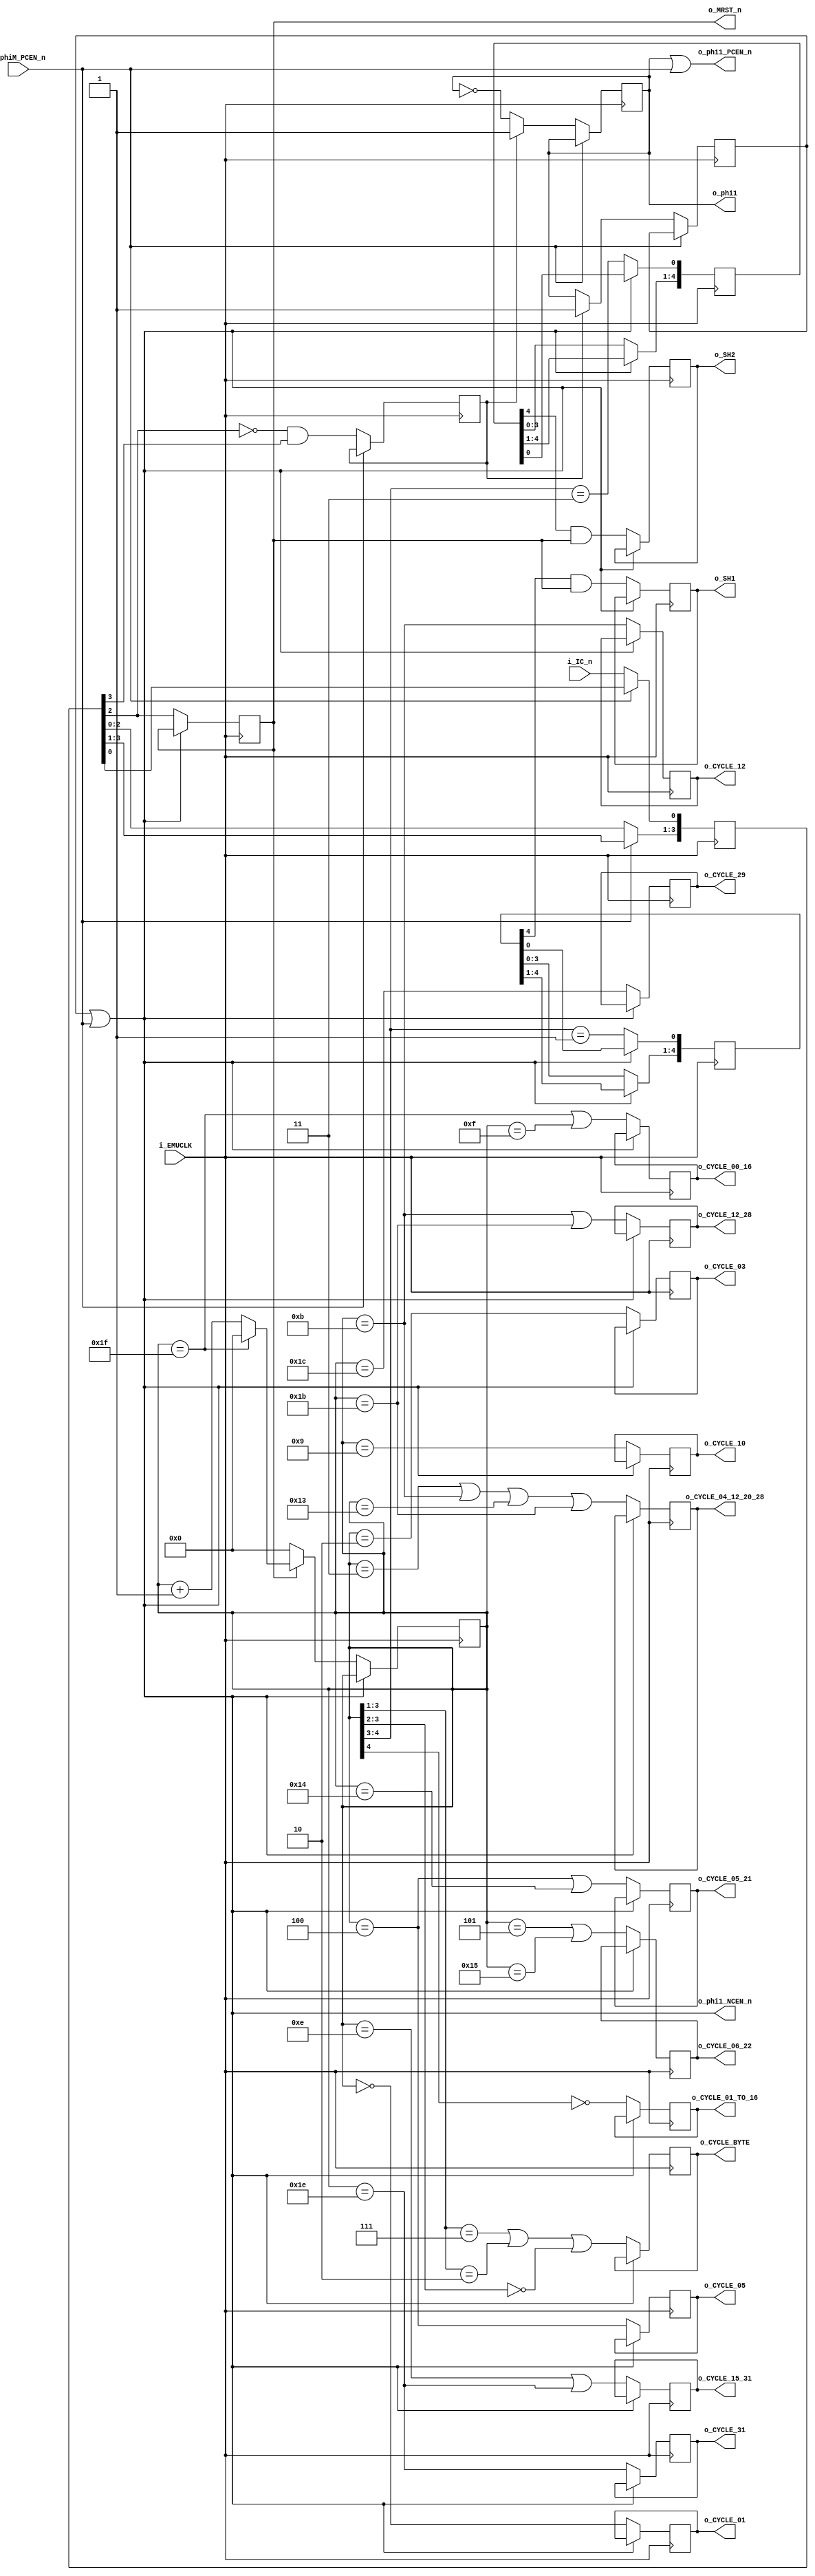
module IKAOPM_timinggen #(parameter FULLY_SYNCHRONOUS = 1, parameter FAST_RESET = 0) (
    //chip clock
    input   wire            i_EMUCLK, //emulator master clock

    //chip reset
    input   wire            i_IC_n,
    output  wire            o_MRST_n, //core internal reset

    //clock endables
    input   wire            i_phiM_PCEN_n, //phiM positive edge clock enable(negative logic)
    `ifdef IKAOPM_USER_DEFINED_CLOCK_ENABLES
    input   wire            i_phi1_PCEN_n, //phi1 positive edge clock enable
    input   wire            i_phi1_NCEN_n, //phi1 negative edge clock enable
    `endif

    //phiM/2
    output  wire            o_phi1, //phi1 output
    output  wire            o_phi1_PCEN_n, //positive edge clock enable for emulation
    output  wire            o_phi1_NCEN_n, //negative edge clock enable for emulation

    //SH1 and 2
    output  reg             o_SH1,
    output  reg             o_SH2,

    //timings
    output  reg             o_CYCLE_01,
    output  reg             o_CYCLE_31,

    output  reg             o_CYCLE_12_28,
    output  reg             o_CYCLE_05_21,
    output  reg             o_CYCLE_BYTE,

    output  reg             o_CYCLE_05,
    output  reg             o_CYCLE_10,

    output  reg             o_CYCLE_03,
    output  reg             o_CYCLE_00_16,
    output  reg             o_CYCLE_01_TO_16,

    output  reg             o_CYCLE_04_12_20_28,

    output  reg             o_CYCLE_12,
    output  reg             o_CYCLE_15_31,

    output  reg             o_CYCLE_29,
    output  reg             o_CYCLE_06_22
);

///////////////////////////////////////////////////////////
//////  Clock and reset
////

wire            phi1ncen_n = o_phi1_NCEN_n;
wire            mrst_n = o_MRST_n;




///////////////////////////////////////////////////////////
//////  Reset generator
////

reg             ic_n_negedge = 1'b1; //IC_n negedge detector
reg             synced_mrst_n = 1'b0; //synchronized master reset
wire            phi1_init;

generate
if(FAST_RESET == 0) begin : FAST_RESET_0_clock_and_global_rst
    assign  o_MRST_n = synced_mrst_n;
    assign  phi1_init = ic_n_negedge;
end
else begin : FAST_RESET_1_clock_and_global_rst
    assign  o_MRST_n = synced_mrst_n & i_IC_n;
    assign  phi1_init = ic_n_negedge | ~i_IC_n;
end
endgenerate

generate
if(FULLY_SYNCHRONOUS == 0) begin : FULLY_SYNCHRONOUS_0_reset_syncchain
    //2 stage SR for synchronization
    reg     [1:0]   ic_n_internal = 2'b00;
    always @(posedge i_EMUCLK) if(!i_phiM_PCEN_n) begin 
        ic_n_internal[0] <= i_IC_n; 
        ic_n_internal[1] <= ic_n_internal[0]; //shift
    end

    //ICn falling edge detector for phi1 phase initialization
    always @(posedge i_EMUCLK) if(!i_phiM_PCEN_n) begin
        ic_n_negedge <= ~ic_n_internal[0] & ic_n_internal[1];
    end

    //internal master reset
    always @(posedge i_EMUCLK) if(!phi1ncen_n) begin
        synced_mrst_n <= ic_n_internal[0];
    end
end
else begin : FULLY_SYNCHRONOUS_1_reset_syncchain
    //add two stage SR

    //4 stage SR for synchronization
    reg     [3:0]   ic_n_internal = 4'b0000;
    always @(posedge i_EMUCLK) if(!i_phiM_PCEN_n) begin 
        ic_n_internal[0] <= i_IC_n; 
        ic_n_internal[3:1] <= ic_n_internal[2:0]; //shift
    end

    //ICn falling edge detector for phi1 phase initialization
    always @(posedge i_EMUCLK) if(!i_phiM_PCEN_n) begin
        ic_n_negedge <= ~ic_n_internal[2] & ic_n_internal[3];
    end

    //internal master reset
    always @(posedge i_EMUCLK) if(!phi1ncen_n) begin
        synced_mrst_n <= ic_n_internal[2];
    end
end
endgenerate



///////////////////////////////////////////////////////////
//////  phi1 and clock enables generator
////

/*
    CLOCKING INFORMATION(ORIGINAL CHIP)
    
    phiM        _______||_______||_______||_______||_______||_______||_______||
    ICn         |___________________________|

    ICn neg     |_______________|
    ICn pos     |_______________|
    IC          _________________________________||__________________________________________________
    IC neg det  _________________________________||________________________________________________________

    phi1        |_______________||_______________||________


    (FPGA)    
    EMUCLK      |_||_||_||_||_||_||_||_||_||_||_||_||_||_||_||_||_||_||_||_||_||_||_||_||_||_||_||_|
    phiM cen    |___||___||___||___||___||___||___|
    phiM        _______||_______||_______||_______||_______||_______||_______||

    phi1p       |_______________||_______________||________
    phi1n       _______||_______________________________________________||_______________|
*/


`ifdef IKAOPM_USER_DEFINED_CLOCK_ENABLES

reg             phi1;
always @(posedge i_EMUCLK) begin
    case({i_phi1_PCEN_n, i_phi1_NCEN_n})
        2'b00: phi1 <= phi1;
        2'b01: phi1 <= 1'b1;
        2'b10: phi1 <= 1'b0;
        2'b11: phi1 <= phi1;
    endcase
end

//phi1 output(for reference)
assign  o_phi1 = phi1;

generate
if(FAST_RESET == 0) begin : FAST_RESET_0_cenout
    //phi1 cen(internal)
    assign  o_phi1_PCEN_n = i_phi1_PCEN_n;
    assign  o_phi1_NCEN_n = i_phi1_NCEN_n;
end
else begin : FAST_RESET_1_cenout
    //phi1 cen(internal)
    assign  o_phi1_PCEN_n = i_phi1_PCEN_n & i_IC_n;
    assign  o_phi1_NCEN_n = i_phi1_NCEN_n & i_IC_n;
end
endgenerate

`else

//actual phi1 output is phi1p(positive), and the inverted phi1 is phi1n(negative)
reg             phi1p, phi1n;
generate
if(FAST_RESET == 0) begin : FAST_RESET_0_phi1gen
    always @(posedge i_EMUCLK) if(!i_phiM_PCEN_n) begin
        if(phi1_init)   begin phi1p <= 1'b1;   phi1n <= 1'b1;  end //reset
        else            begin phi1p <= ~phi1p; phi1n <= phi1p; end //toggle
    end
end
else begin : FAST_RESET_1_phi1gen
    always @(posedge i_EMUCLK) if(!(i_phiM_PCEN_n & i_IC_n)) begin
        if(phi1_init)   begin phi1p <= 1'b1;   phi1n <= 1'b1;  end //reset
        else            begin phi1p <= ~phi1p; phi1n <= phi1p; end //toggle
    end
end
endgenerate

//phi1 output(for reference)
assign  o_phi1 = phi1p;

generate
if(FAST_RESET == 0) begin : FAST_RESET_0_cenout
    //phi1 cen(internal)
    assign  o_phi1_PCEN_n = phi1p | i_phiM_PCEN_n; //ORed signal
    assign  o_phi1_NCEN_n = phi1n | i_phiM_PCEN_n;
end
else begin : FAST_RESET_1_cenout
    //phi1 cen(internal)
    assign  o_phi1_PCEN_n = (phi1p | i_phiM_PCEN_n) & i_IC_n; //ORed signal
    assign  o_phi1_NCEN_n = (phi1n | i_phiM_PCEN_n) & i_IC_n;
end
endgenerate

`endif


///////////////////////////////////////////////////////////
//////  Timing Generator
////

//
//  counter
//

reg     [4:0]   timinggen_cntr = 5'h0;
always @(posedge i_EMUCLK) if(!phi1ncen_n) begin
    if(!mrst_n) begin
        timinggen_cntr <= 5'h0;
    end
    else begin
        if(timinggen_cntr == 5'h1F) timinggen_cntr <= 5'h0;
        else                        timinggen_cntr <= timinggen_cntr + 5'h1;
    end
end



//
//  decoder
//

always @(posedge i_EMUCLK) if(!phi1ncen_n) begin
    //REG
    o_CYCLE_01          <= timinggen_cntr == 5'd0;
    o_CYCLE_31          <= timinggen_cntr == 5'd30;

    //LFO
    o_CYCLE_12_28 <= (timinggen_cntr == 5'd11) | (timinggen_cntr == 5'd27);
    o_CYCLE_05_21 <= (timinggen_cntr == 5'd4) | (timinggen_cntr == 5'd20);
    o_CYCLE_BYTE  <= (timinggen_cntr[3:1] == 3'b111) |
                     (timinggen_cntr[3:1] == 3'b010) |
                     (timinggen_cntr[3:2] == 2'b00);

    //PG
    o_CYCLE_05          <= timinggen_cntr == 5'd4;
    o_CYCLE_10          <= timinggen_cntr == 5'd9;

    //EG
    o_CYCLE_03          <= timinggen_cntr == 5'd2;
    o_CYCLE_00_16       <= (timinggen_cntr == 5'd31) | (timinggen_cntr == 5'd15);
    o_CYCLE_01_TO_16    <= ~timinggen_cntr[4];

    //OP
    o_CYCLE_04_12_20_28 <= (timinggen_cntr == 5'd3) | (timinggen_cntr == 5'd11) | (timinggen_cntr == 5'd19) | (timinggen_cntr == 5'd27);

    //ACC
    o_CYCLE_29          <= timinggen_cntr == 5'd28;
    o_CYCLE_06_22       <= (timinggen_cntr == 5'd05) | (timinggen_cntr == 5'd21);

    //NOISE
    o_CYCLE_12          <= timinggen_cntr == 5'd11;
    o_CYCLE_15_31       <= (timinggen_cntr == 5'd14) | (timinggen_cntr == 5'd30);
end



///////////////////////////////////////////////////////////
//////  SH1 / SH2
////

//sh1/sh2
wire            sh1 = timinggen_cntr[4:3] == 2'b01; //01XXX
wire            sh2 = timinggen_cntr[4:3] == 2'b11; //11XXX

reg     [4:0]   sh1_sr, sh2_sr;
always @(posedge i_EMUCLK) if(!phi1ncen_n) begin
    //sh1/2 shift register
    sh1_sr[0] <= sh1;
    sh2_sr[0] <= sh2;

    sh1_sr[4:1] <= sh1_sr[3:0];
    sh2_sr[4:1] <= sh2_sr[3:0];

    //sh1/2 output
    o_SH1 <= sh1_sr[4] & mrst_n;
    o_SH2 <= sh2_sr[4] & mrst_n;
end

endmodule